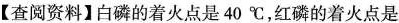
【查阅资料】白磷的着火点是40℃，红磷的着火点是